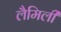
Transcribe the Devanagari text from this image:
लैमिली